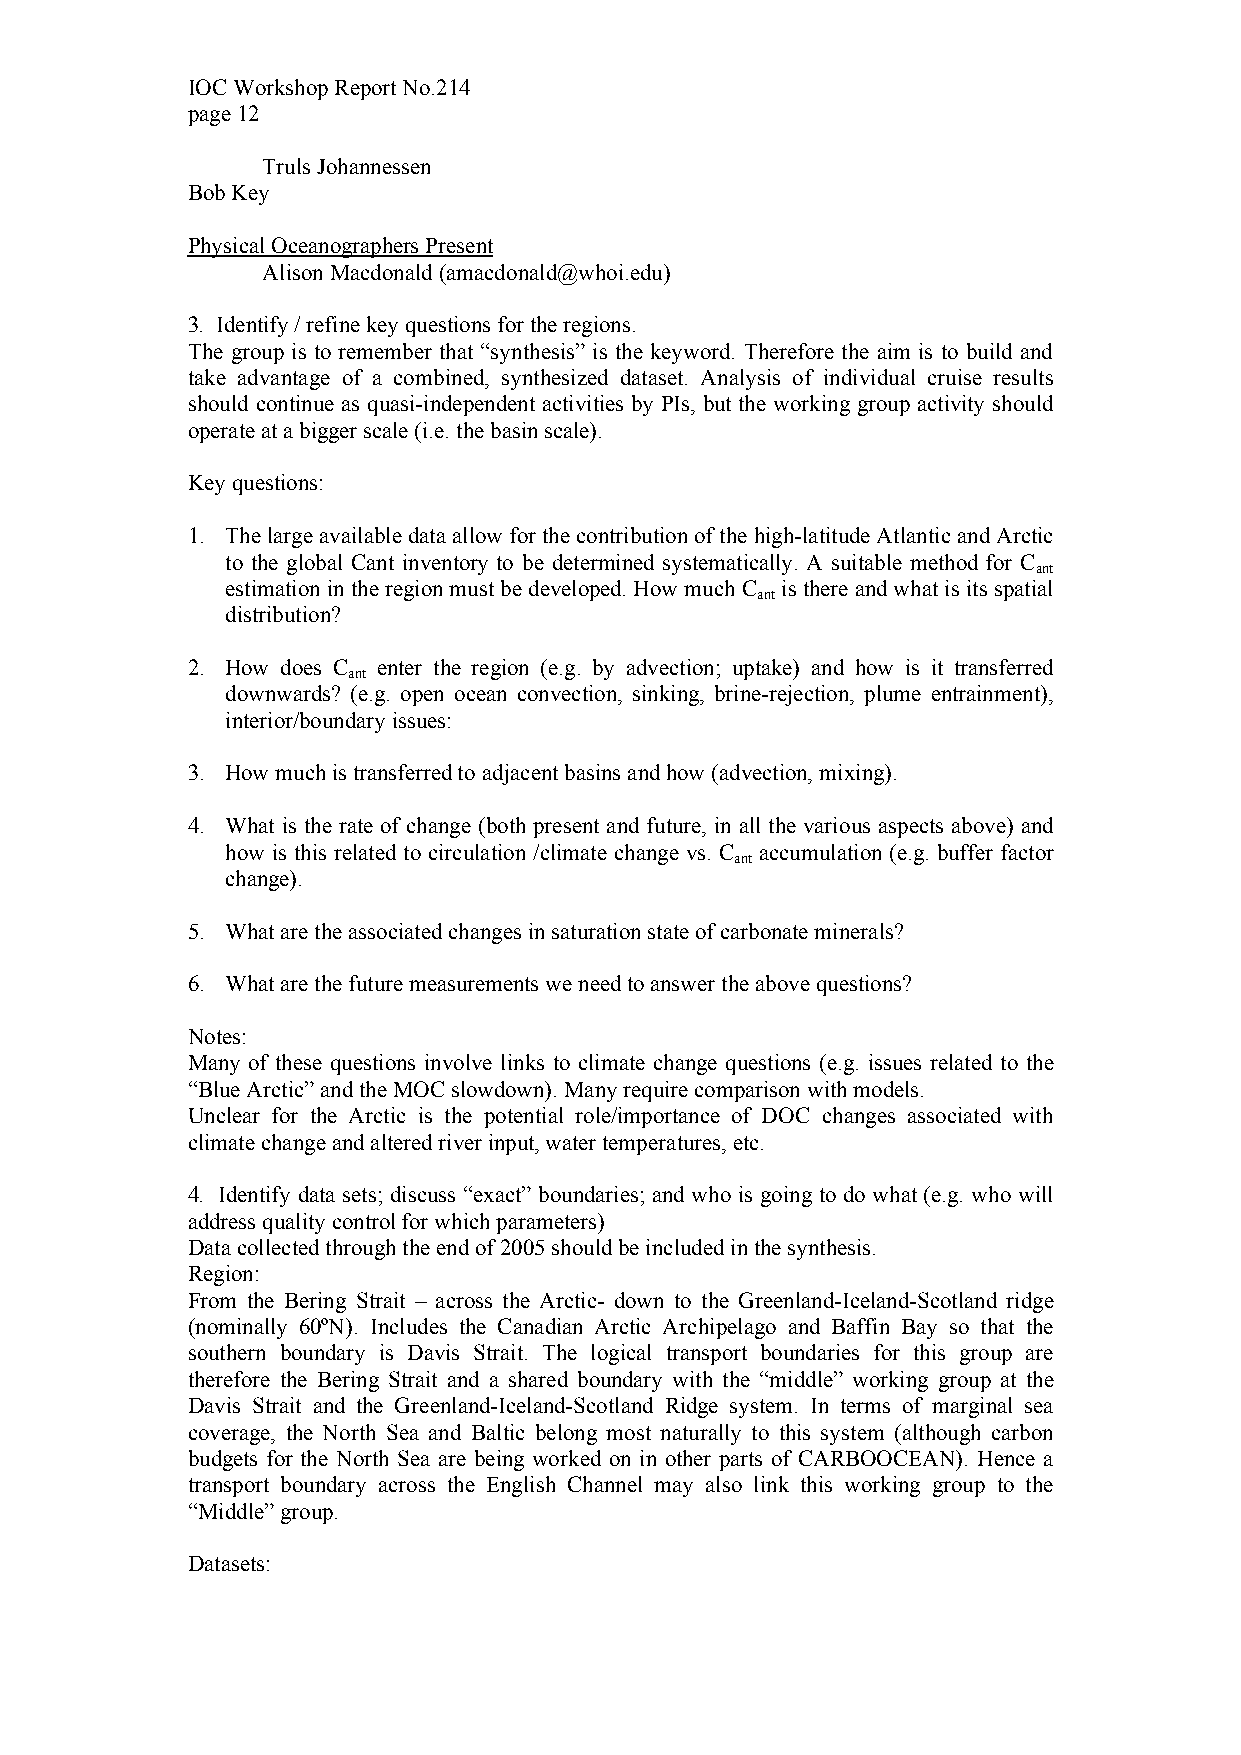
IOC Workshop Report No.214
 page 12
 Truls Johannessen
 Bob Key
 Physical Oceanographers Present
 Alison Macdonald (amacdonald@whoi.edu)
 3. Identify / refine key questions for the regions.
 The group is to remember that “synthesis” is the keyword. Therefore the aim is to build and
 take advantage of a combined, synthesized dataset. Analysis of individual cruise results
 should continue as quasi-independent activities by PIs, but the working group activity should
 operate at a bigger scale (i.e. the basin scale).
 Key questions:
 1. The large available data allow for the contribution of the high-latitude Atlantic and Arctic
 to the global Cant inventory to be determined systematically. A suitable method for C
 ant
 estimation in the region must be developed. How much C is there and what is its spatial
 ant
 distribution?
 2. How does C enter the region (e.g. by advection; uptake) and how is it transferred
 ant
 downwards? (e.g. open ocean convection, sinking, brine-rejection, plume entrainment),
 interior/boundary issues:
 3. How much is transferred to adjacent basins and how (advection, mixing).
 4. What is the rate of change (both present and future, in all the various aspects above) and
 how is this related to circulation /climate change vs. C accumulation (e.g. buffer factor
 ant
 change).
 5. What are the associated changes in saturation state of carbonate minerals?
 6. What are the future measurements we need to answer the above questions?
 Notes:
 Many of these questions involve links to climate change questions (e.g. issues related to the
 “Blue Arctic” and the MOC slowdown). Many require comparison with models.
 Unclear for the Arctic is the potential role/importance of DOC changes associated with
 climate change and altered river input, water temperatures, etc.
 4. Identify data sets; discuss “exact” boundaries; and who is going to do what (e.g. who will
 address quality control for which parameters)
 Data collected through the end of 2005 should be included in the synthesis.
 Region:
 From the Bering Strait – across the Arctic- down to the Greenland-Iceland-Scotland ridge
 (nominally 60ºN). Includes the Canadian Arctic Archipelago and Baffin Bay so that the
 southern boundary is Davis Strait. The logical transport boundaries for this group are
 therefore the Bering Strait and a shared boundary with the “middle” working group at the
 Davis Strait and the Greenland-Iceland-Scotland Ridge system. In terms of marginal sea
 coverage, the North Sea and Baltic belong most naturally to this system (although carbon
 budgets for the North Sea are being worked on in other parts of CARBOOCEAN). Hence a
 transport boundary across the English Channel may also link this working group to the
 “Middle” group.
 Datasets: